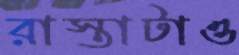
রাস্তাটাও